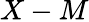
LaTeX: X-M